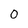
Character: 0